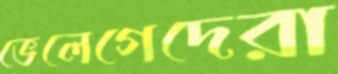
ভেলেগেদেরা